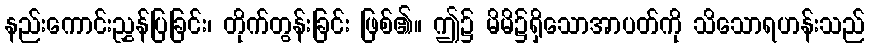
နည်းကောင်းညွှန်ပြခြင်း၊ တိုက်တွန်းခြင်း ဖြစ်၏။ ဤ၌ မိမိ၌ရှိသောအာပတ်ကို သိသောရဟန်းသည်